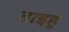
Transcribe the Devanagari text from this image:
ताइहू